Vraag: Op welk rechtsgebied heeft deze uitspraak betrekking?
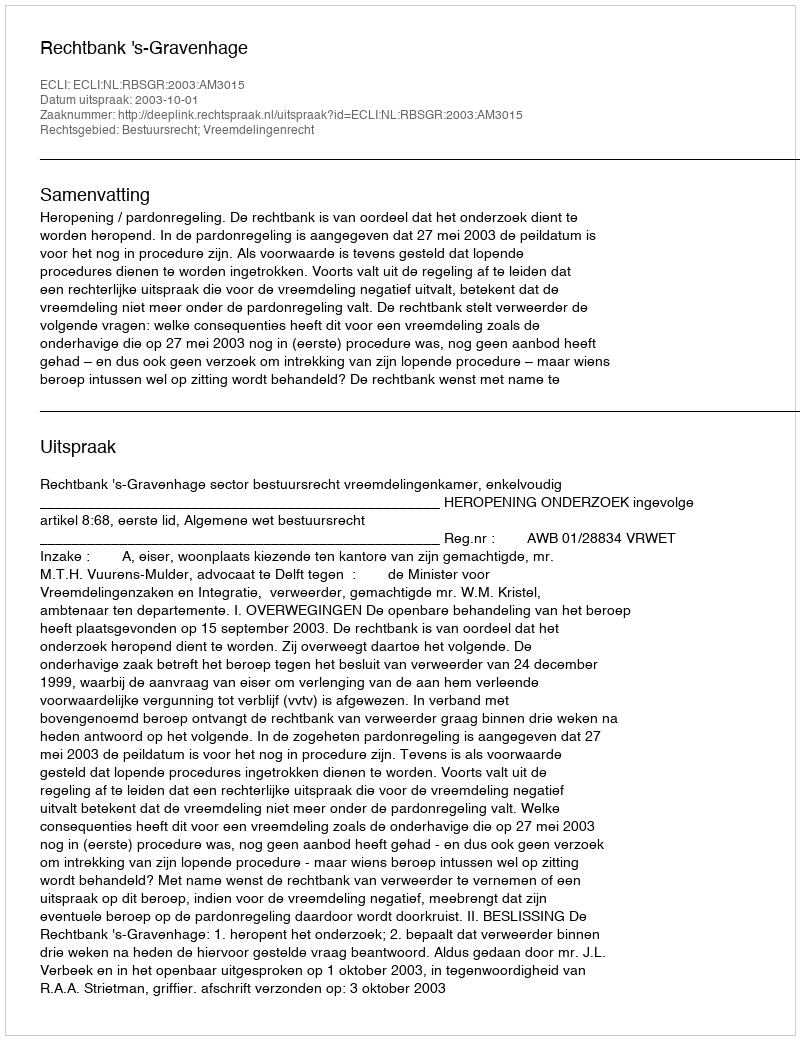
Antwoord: Bestuursrecht; Vreemdelingenrecht